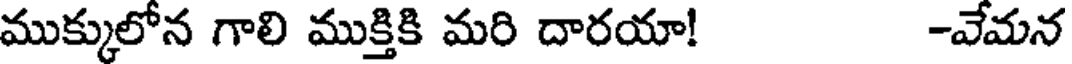
ముక్కులోన గాలి ముక్తికి మరి దారయా! -వేమన